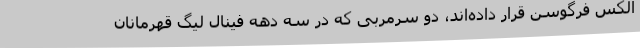
الکس فرگوسن قرار داده‌اند، دو سرمربی که در سه دهه فینال لیگ قهرمانان